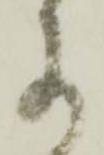
に